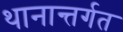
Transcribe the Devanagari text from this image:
थानान्तर्गत